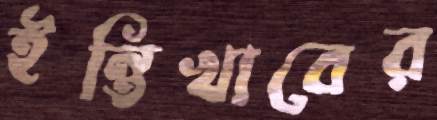
ইন্তিখাবের